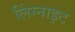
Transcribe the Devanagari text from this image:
लिंग्नाइट